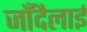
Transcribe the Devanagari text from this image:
जाँदैलाई